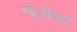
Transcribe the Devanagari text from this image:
विसोज़ा